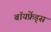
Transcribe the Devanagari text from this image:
बॉयफ्रेंड्स